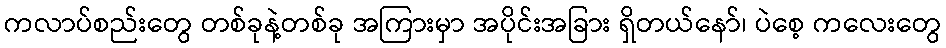
ကလာပ်စည်းတွေ တစ်ခုနဲ့တစ်ခု အကြားမှာ အပိုင်းအခြား ရှိတယ်နော်၊ ပဲစေ့ ကလေးတွေ